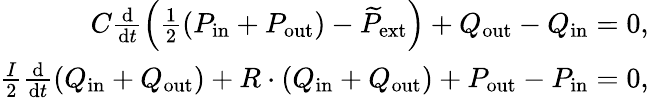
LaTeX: \begin{array}{r}{C\frac{\mathrm{d}}{\mathrm{d}t}\left(\frac{1}{2}\left(P_{\mathrm{in}}+P_{\mathrm{out}}\right)-\widetilde{P}_{\mathrm{ext}}\right)+Q_{\mathrm{out}}-Q_{\mathrm{in}}=0,}\\ {\frac{I}{2}\frac{\mathrm{d}}{\mathrm{d}t}\left(Q_{\mathrm{in}}+Q_{\mathrm{out}}\right)+R\cdot\left(Q_{\mathrm{in}}+Q_{\mathrm{out}}\right)+P_{\mathrm{out}}-P_{\mathrm{in}}=0,}\end{array}